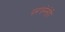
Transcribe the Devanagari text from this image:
परंपरेनेही